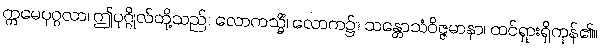
ဣမေပုဂ္ဂလာ၊ ဤပုဂ္ဂိုလ်တို့သည်။ လောကသ္မိံ၊ လောက၌။ သန္တောသံဝိဇ္ဇမာနာ၊ ထင်ရှားရှိကုန်၏။